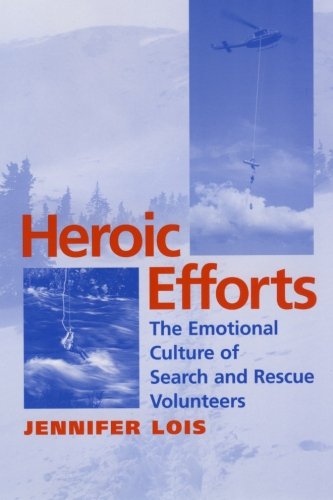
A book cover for Heroic Efforts: The Emotional Culture of Search and Rescue Volunteers; Jennifer Lois; Business & Money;